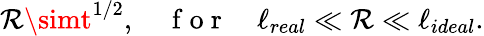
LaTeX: \mathcal{R}\simt^{1/2},\quad\mathrm{{~f~o~r~}}\quad\ell_{real}\ll\mathcal{R}\ll\ell_{ideal}.